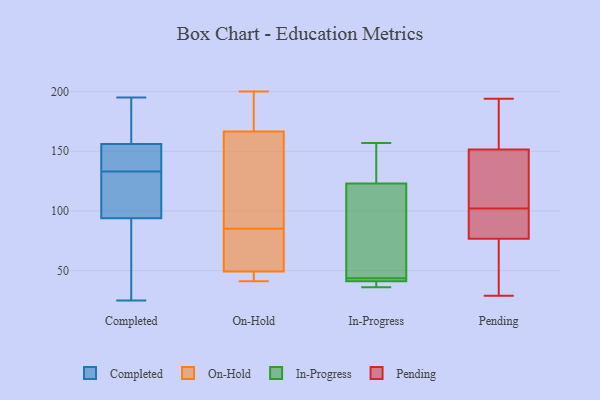
{"axis": {"x": "Population (Million)", "y": "Value"}, "legend": ["Completed", "In-Progress", "On-Hold", "Pending"], "data": [{"x": "", "y": 153, "type": "Completed"}, {"x": "", "y": 133, "type": "Completed"}, {"x": "", "y": 153, "type": "Completed"}, {"x": "", "y": 27, "type": "Completed"}, {"x": "", "y": 141, "type": "Completed"}, {"x": "", "y": 93, "type": "Completed"}, {"x": "", "y": 116, "type": "Completed"}, {"x": "", "y": 96, "type": "Completed"}, {"x": "", "y": 25, "type": "Completed"}, {"x": "", "y": 179, "type": "Completed"}, {"x": "", "y": 195, "type": "Completed"}, {"x": "", "y": 97, "type": "Completed"}, {"x": "", "y": 49, "type": "Completed"}, {"x": "", "y": 169, "type": "Completed"}, {"x": "", "y": 157, "type": "Completed"}, {"x": "", "y": 85, "type": "On-Hold"}, {"x": "", "y": 200, "type": "On-Hold"}, {"x": "", "y": 49, "type": "On-Hold"}, {"x": "", "y": 41, "type": "On-Hold"}, {"x": "", "y": 50, "type": "On-Hold"}, {"x": "", "y": 46, "type": "On-Hold"}, {"x": "", "y": 129, "type": "On-Hold"}, {"x": "", "y": 64, "type": "On-Hold"}, {"x": "", "y": 144, "type": "On-Hold"}, {"x": "", "y": 174, "type": "On-Hold"}, {"x": "", "y": 184, "type": "On-Hold"}, {"x": "", "y": 97, "type": "In-Progress"}, {"x": "", "y": 134, "type": "In-Progress"}, {"x": "", "y": 43, "type": "In-Progress"}, {"x": "", "y": 44, "type": "In-Progress"}, {"x": "", "y": 42, "type": "In-Progress"}, {"x": "", "y": 157, "type": "In-Progress"}, {"x": "", "y": 41, "type": "In-Progress"}, {"x": "", "y": 39, "type": "In-Progress"}, {"x": "", "y": 123, "type": "In-Progress"}, {"x": "", "y": 36, "type": "In-Progress"}, {"x": "", "y": 194, "type": "Pending"}, {"x": "", "y": 153, "type": "Pending"}, {"x": "", "y": 105, "type": "Pending"}, {"x": "", "y": 155, "type": "Pending"}, {"x": "", "y": 102, "type": "Pending"}, {"x": "", "y": 76, "type": "Pending"}, {"x": "", "y": 31, "type": "Pending"}, {"x": "", "y": 147, "type": "Pending"}, {"x": "", "y": 187, "type": "Pending"}, {"x": "", "y": 89, "type": "Pending"}, {"x": "", "y": 58, "type": "Pending"}, {"x": "", "y": 29, "type": "Pending"}, {"x": "", "y": 98, "type": "Pending"}, {"x": "", "y": 48, "type": "Pending"}, {"x": "", "y": 118, "type": "Pending"}, {"x": "", "y": 79, "type": "Pending"}, {"x": "", "y": 87, "type": "Pending"}, {"x": "", "y": 187, "type": "Pending"}, {"x": "", "y": 118, "type": "Pending"}]}